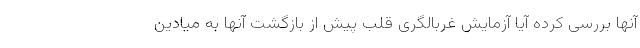
آنها بررسی کرده آیا آزمایش غربالگری قلب پیش از بازگشت آنها به میادین